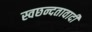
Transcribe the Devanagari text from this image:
स्वछन्दतावादी